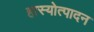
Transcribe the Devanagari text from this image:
हास्योत्पादन